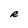
Character: R